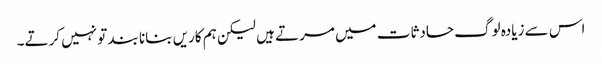
اس سے زیادہ لوگ حادثات میں مرتے ہیں لیکن ہم کاریں بنانا بند تو نہیں کرتے۔